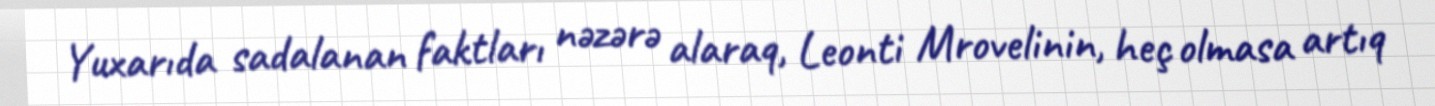
Yuxarıda sadalanan faktları nəzərə alaraq, Leonti Mrovelinin, heç olmasa artıq